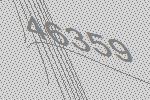
46359